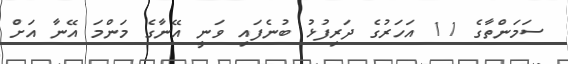
ސަމަންތާގެ 11 އަހަރުގެ ދަރިފުޅު ބުނެފައި ވަނީ އޭނާގެ މަންމަ އޭނާ އަށް